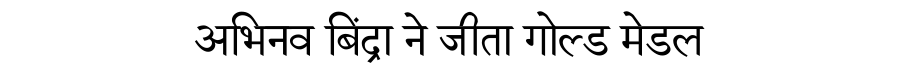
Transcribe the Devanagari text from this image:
अभिनव बिंद्रा ने जीता गोल्ड मेडल